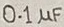
Text: 0.1µF